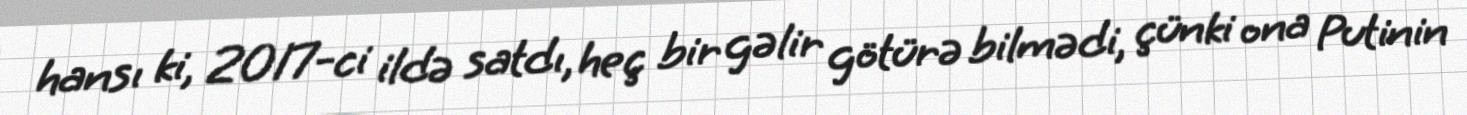
hansı ki, 2017-ci ildə satdı, heç bir gəlir götürə bilmədi, çünki ona Putinin